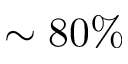
\sim 8 0 \%